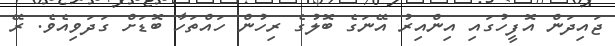
ޖައިދަން އޮފީހުގައި އިންއިރު އޭނަގެ ބޮލުގެ ރިހުން ހައްތަހާ ބޮޑަށް ގަދަވިއެވެ. ރޭ